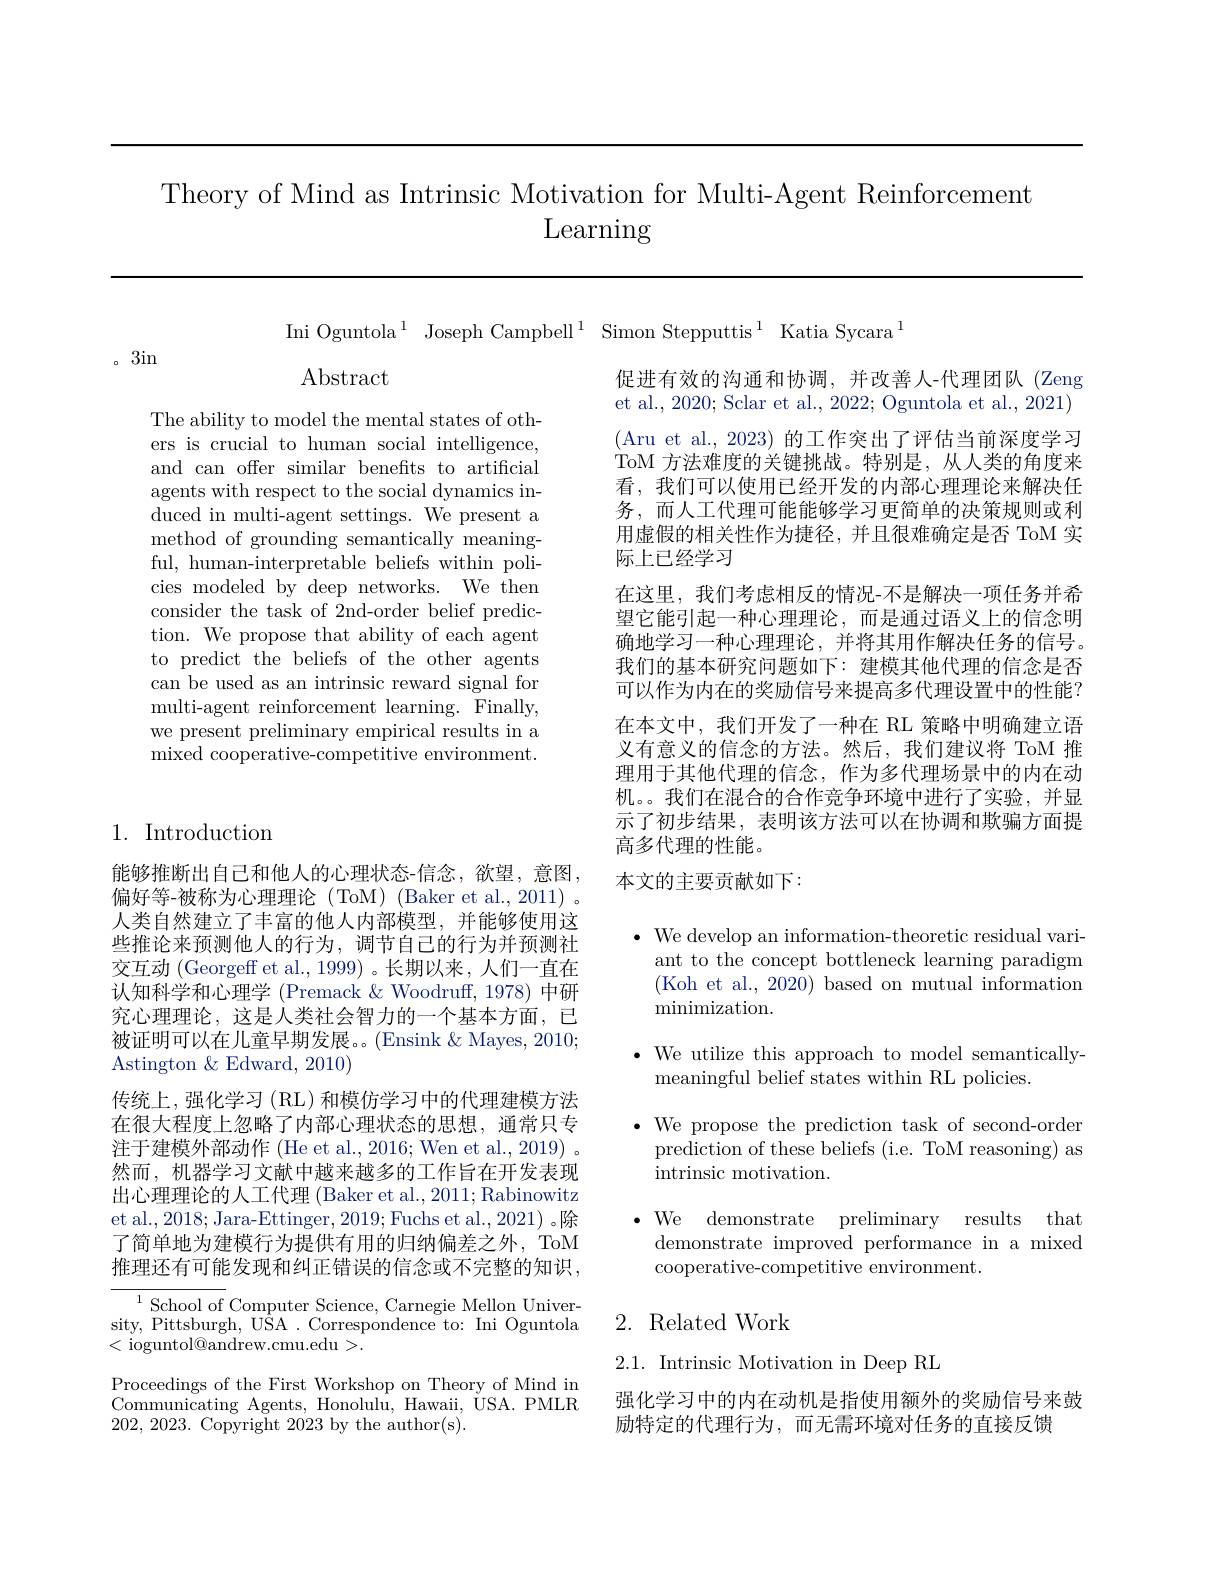
Theory of Mind as Intrinsic Motivation for Multi-Agent Reinforcement
# Learning

Ini Oguntola$^{1}$ Joseph Campbell$^{1}$ Simon Stepputtis$^{1}$ Katia Sycara$^{1}$

3in

$\operatorname{Abstract}$

The ability to model the mental states of others is crucial to human social intelligence, and can offer similar benefts to artificial agents with respect to the social dynamics induced in multi-agent settings. We present a method of grounding semantically meaningful, human-interpretable beliefs within policies modeled by deep networks. We then consider the task of 2nd-order belief prediction. We propose that ability of each agent to predict the beliefs of the other agents can be used as an intrinsic reward signal for multi-agent reinforcement learning. Finally, we present preliminary empirical results in a mixed cooperative-competitive environment.

促进有效的沟通和协调，并改善人-代理团队(Zeng et al., 2020; Sclar et al., 2022; Oguntola et al., 2021) (Aru et al., 2023)的工作突出了评估当前深度学习ToM 方法难度的关键挑战。特别是，从人类的角度来看，我们可以使用已经开发的内部心理理论来解决任务，而人工代理可能能够学习更简单的决策规则或利用虚假的相关性作为捷径，并且很难确定是否 ToM 实际上已经学习
在这里，我们考虑相反的情况-不是解决一项任务并希望它能引起一种心理理论，而是通过语义上的信念明确地学习一种心理理论，并将其用作解决任务的信号。我们的基本研究问题如下：建模其他代理的信念是否可以作为内在的奖励信号来提高多代理设置中的性能？ 在本文中，我们开发了一种在 RL 策略中明确建立语义有意义的信念的方法。然后，我们建议将 ToM 推理用于其他代理的信念，作为多代理场景中的内在动机。。我们在混合的合作竞争环境中进行了实验，并显示了初步结果，表明该方法可以在协调和欺骗方面提高多代理的性能。

1. Introduction

### 本文的主要贡献如下：

能够推断出自己和他人的心理状态-信念，欲望，意图， 偏好等-被称为心理理论(ToM)(Baker et al., 2011)。人类自然建立了丰富的他人内部模型，并能够使用这些推论来预测他人的行为，调节自己的行为并预测社交互动(Georgeff et al.,1999)。长期以来，人们一直在认知科学和心理学 (Premack &Woodruff, 1978) 中研究心理理论，这是人类社会智力的一个基本方面，已被证明可以在儿童早期发展。(Ensink & Mayes, 2010; Astington &Edward, 2010)
传统上，强化学习(RL)和模仿学习中的代理建模方法在很大程度上忽略了内部心理状态的思想，通常只专注于建模外部动作 (He et al., 2016; Wen et al., 2019) 。然而，机器学习文献中越来越多的工作旨在开发表现出心理理论的人工代理 (Baker et al., 2011; Rabinowitz et al., 2018; Jara-Ettinger, 2019; Fuchs et al., 2021) 。除了简单地为建模行为提供有用的归纳偏差之外，ToM 推理还有可能发现和纠正错误的信念或不完整的知识，

$\bullet$ We develop an information-theoretic residual vari-
ant to the concept bottleneck learning paradigm (Koh et al., 2020) based on mutual information $\operatorname*{minimization}.$
$\bullet$ We utilize this approach to model semantically-
meaningful belief states within RL policies.
$\cdot$ We propose the prediction task of second-order
prediction of these beliefs (i.e. ToM reasoning) as
intrinsic motivation.
We demonstrate preliminary results that demonstrate improved performance in a mixed cooperative-competitive environment.

# 2. Related Work

$^{1}$School of Computer Science, Carnegie Mellon University, Pittsburgh, U$\bar{\mathrm{SA}}.$ Correspondence to: Ini Oguntola <ioguntol@andrew.cmu.edu>.

2.1. Intrinsic Motivation in Deep RL

Proceedings of the First Workshop on Theory of Mind im Communicating Agents, Honolulu, Hawaii, USA. PMLR 202, 2023. $\bar{\text{Copyright }} 2023$ by the author(s).

强化学习中的内在动机是指使用额外的奖励信号来鼓
励特定的代理行为，而无需环境对任务的直接反馈